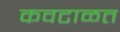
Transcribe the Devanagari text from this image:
कवटाळत